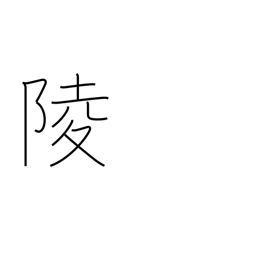
Meaning: imperial tomb